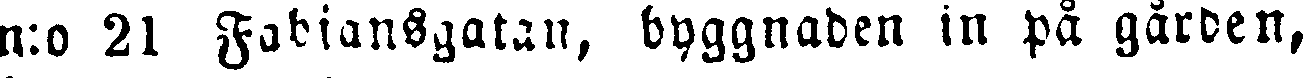
n:o 21 Fabiansgatan, byggnaden in på gården,